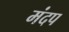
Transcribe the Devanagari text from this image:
मंदप